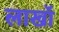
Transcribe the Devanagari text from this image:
लाखॉ